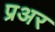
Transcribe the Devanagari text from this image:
प्रअर